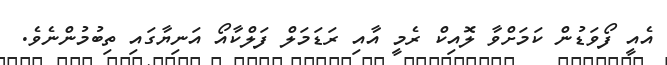
އެއީ ފޯވަޑުން ކަމަށްވާ ލޮއިކް ރެމީ އާއި ރަޑަމަލް ފަލްކާއޯ އަނިޔާގައި ތިބުމުންނެވެ.